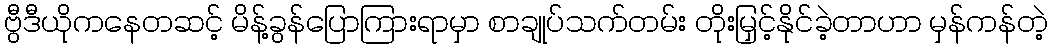
ဗွီဒီယိုကနေတဆင့် မိန့်ခွန်ပြောကြားရာမှာ စာချုပ်သက်တမ်း တိုးမြှင့်နိုင်ခဲ့တာဟာ မှန်ကန်တဲ့